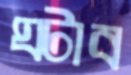
ঘটাব